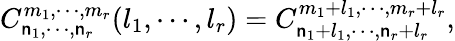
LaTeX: C_{\mathsf{n}_{1},\cdots,\mathsf{n}_{r}}^{m_{1},\cdots,m_{r}}(l_{1},\cdots,l_{r})=C_{\mathsf{n}_{1}+l_{1},\cdots,\mathsf{n}_{r}+l_{r}}^{m_{1}+l_{1},\cdots,m_{r}+l_{r}},